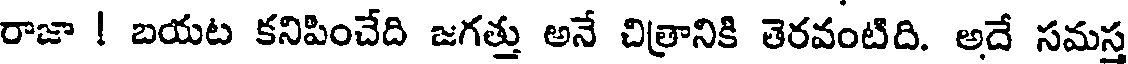
రాజా ! బయట కనిపించేది జగత్తు అనే చిత్రానికి తెరవంటిది. అదే సమస్త